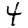
Digit: 4